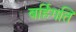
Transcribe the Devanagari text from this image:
बर्हिगति